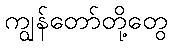
ကျွန်တော်တို့တွေ